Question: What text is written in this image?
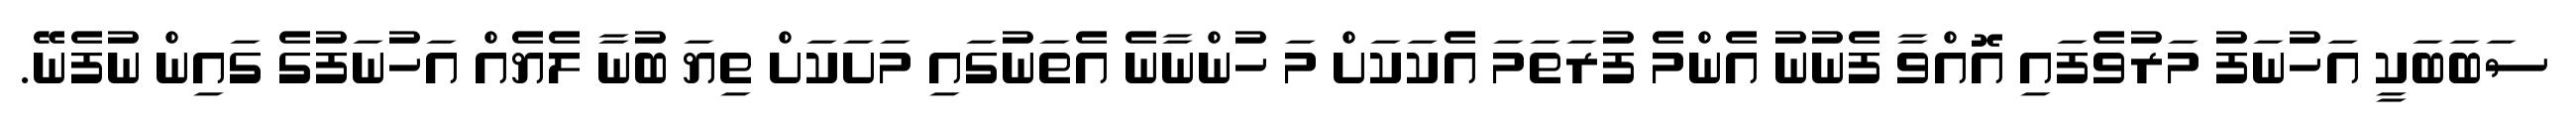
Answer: ސަބަބަކީ އަހުނަފު މަރުވެފައި އޮއްވާ ފެނުނު އެންމެ ފުރަތަމަ އެކަކަށް މަ ހުންނާނެ އެތަނުގައި މަށަކަށް ތިޔަ ބުނާ ލެޔެއް އަހުނަފުގެ ގައިން ނުފެނޭ.